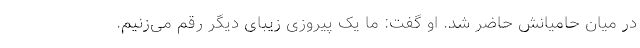
در میان حامیانش حاضر شد. او گفت: ما یک پیروزی زیبای دیگر رقم می‌زنیم.